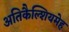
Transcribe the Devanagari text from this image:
अतिकैल्शियमेह